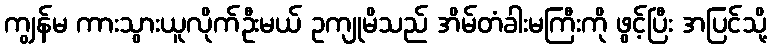
ကျွန်မ ကားသွားယူလိုက်ဦးမယ် ဥကျုမိသည် အိမ်တံခါးမကြီးကို ဖွင့်ပြီး အပြင်သို့